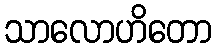
သာလောဟိတော